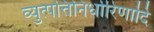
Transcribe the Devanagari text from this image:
व्युत्पत्तिनिर्धारिणादि